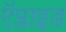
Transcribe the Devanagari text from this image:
ऍप्लाइड